Report on sanitation, dispensaries, and jails in Rajputana for 1914, and on vaccination for the year 1914-1915 - 1914-1915
Year: 1914
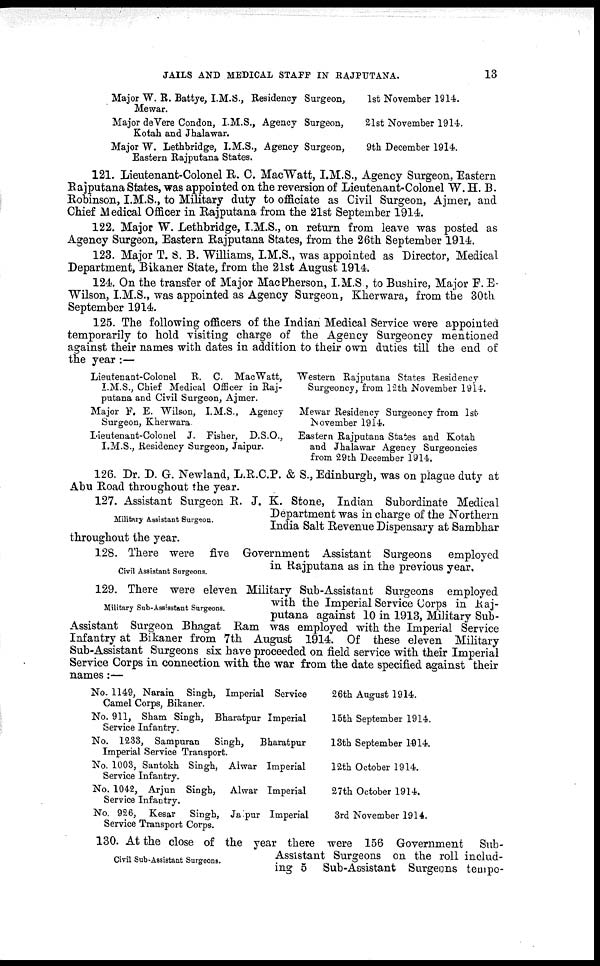
JAILS AND MEDICAL STAFF IN RAJPUTANA.
13
Major W. R. Battye, I.M.S., Residency Surgeon,
Mewar.
Major deVere Condon, I.M.S., Agency Surgeon,
Kotah and Jhalawar.
Major W. Lethbridge, I.M.S., Agency Surgeon,
Eastern Rajputana States.
1st November 1914.
21st November 1914.
9th December 1914.
121. Lieutenant-Colonel R. C. MacWatt, I.M.S., Agency Surgeon, Eastern
Rajputana States, was appointed on the reversion of Lieutenant-Colonel W. H. B.
Robinson, I.M.S., to Military duty to officiate as Civil Surgeon, Ajmer, and
Chief Medical Officer in Rajputana from the 21st September 1914.
122. Major W. Lethbridge, I.M.S., on return from leave was posted as
Agency Surgeon, Eastern Rajputana States, from the 26th September 1914.
123. Major T. S. B. Williams, I.M.S., was appointed as Director, Medical
Department, Bikaner State, from the 21st August 1914.
124. On the transfer of Major MacPherson, I.M.S , to Bushire, Major F. E.
Wilson, I.M.S., was appointed as Agency Surgeon, Kherwara, from the 30th
September 1914.
125. The following officers of the Indian Medical Service were appointed
temporarily to hold visiting charge of the Agency Surgeoncy mentioned
against their names with dates in addition to their own duties till the end of
the year:—
Lieutenant-Colonel
R. C. MacWatt,
I.M.S., Chief Medical Officer in Raj-
putana and Civil Surgeon, Ajmer.
Major F. E. Wilson, I.M.S., Agency
burgeon, Kherwara
Lieutenant-Colonel J. Fisher, D.S.O.,
I.M.S., Residency Surgeon, Jaipur.
Western Rajputana States Residency
Surgeoncy, from 12th November 1914.
Mewar Residency Surgeoncy from 1st
November 1914.
Eastern Rajputana States and Kotah
and Jhalawar Agency Surgeoncies
from 29th December 1914.
126. Dr. D. G. Newland, L.R.C.P. & S., Edinburgh, was on plague duty at
Abu Road throughout the year.
Military Assistant Surgeon.
127. Assistant Surgeon R. J. K. Stone, Indian Subordinate Medical
Department was in charge of the Northern
India Salt Revenue Dispensary at Sambhar
throughout the year.
Civil Assistant Surgeons.
128. There were five Government Assistant Surgeons employed
in Rajputana as in the previous year.
Military Sub-Assisstant Surgeons.
129. There were eleven Military Sub-Assistant Surgeons employed
with the Imperial Service Corps in Raj¬
putana against 10 in 1913, Military Sub¬
Assistant Surgeon Bhagat Ram was employed with the Imperial Service
Infantry at Bikaner from 7th August 1914. Of these eleven Military
Sub-Assistant Surgeons six have proceeded on field service with their Imperial
Service Corps in connection with the war from the date specified against their
names:—
No. 1149, Narain Singh, Imperial Service
Camel Corps, Bikaner.
No. 911, Sham Singh, Bharatpur Imperial
Service Infantry.
No. 1233, Sampuran
Singh,
Bharatpur
Imperial Service Transport.
No. 1003, Santokh Singh, Alwar Imperial
Service Infantry.
No. 1042, Arjun Singh, Alwar Imperial
Service Infantry.
No. 926, Kesar Singh, Jaipur Imperial
Service Transport Corps.
26th August 1914.
15th September 1914.
13th September 1914.
12th October 1914.
27th October 1914.
3rd November 1914.
Civil Sub-Assistant Surgeons.
130. At the close of the year there were 156 Government Sub¬
Assistant Surgeons on the roll includ-
ing 5 Sub-Assistant Surgeons tempo¬